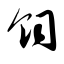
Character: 饲